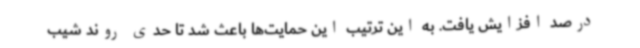
درصد افزایش یافت. به این ترتیب این حمایت‌ها باعث شد تا حدی روند شیب